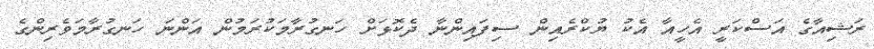
ރަޝިއާގެ އަސްކަރީ އެހީއާ އެކު ޔުކްރެއިން ސިފައިންނާ ދެކޮޅަށް ހަނގުރާމަކުރަމުން އަންނަ ހަނގުރާމަވެރިންގެ